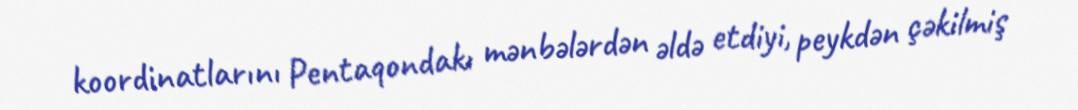
koordinatlarını Pentaqondakı mənbələrdən əldə etdiyi, peykdən çəkilmiş